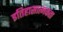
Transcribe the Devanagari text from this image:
इतिहासात्मकता